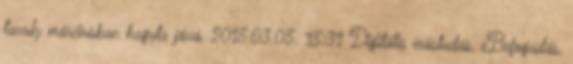
tavaly márciusban hagyta jóvá. 2015.03.05. 15:31 Digitális írástudás, eBefogadás,